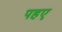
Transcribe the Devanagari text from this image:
पहए